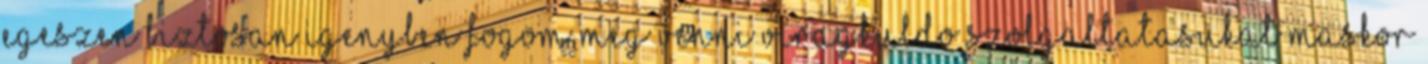
Egeszen biztosan igenyben fogom meg venni viragkuldo szolgaltatasukat maskor